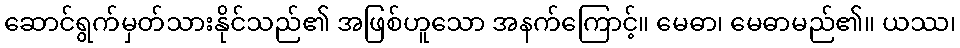
ဆောင်ရွက်မှတ်သားနိုင်သည်၏ အဖြစ်ဟူသော အနက်ကြောင့်။ မေဓာ၊ မေဓာမည်၏။ ယဿ၊